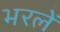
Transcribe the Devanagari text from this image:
भरलें